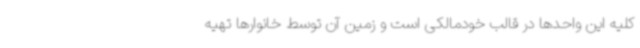
کلیه این واحدها در قالب خودمالکی است و زمین آن توسط خانوارها تهیه